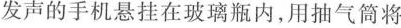
发声的手机悬挂在玻璃瓶内，用抽气筒将